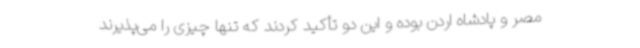
مصر و پادشاه اردن بوده و این دو تأکید کردند که تنها چیزی را می‌پذیرند